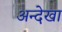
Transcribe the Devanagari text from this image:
अन्देखा